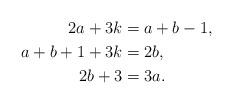
LaTeX: \begin{align*}2 a + 3 k & = a + b -1,\\a + b + 1 + 3 k & = 2 b,\\2 b + 3 & = 3 a.\end{align*}